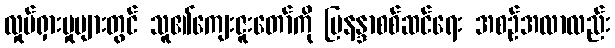
လှုပ်ရှားမှုများတွင် သူ၏ကျေးဇူးတော်ကို မြနန္ဒာစစ်ဆင်ရေး အစဉ်အလာလည်း